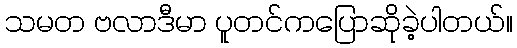
သမတ ဗလာဒီမာ ပူတင်ကပြောဆိုခဲ့ပါတယ်။